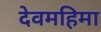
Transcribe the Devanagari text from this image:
देवमहिमा